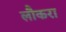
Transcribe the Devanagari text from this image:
लौकरा